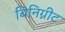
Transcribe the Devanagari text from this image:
बिनिग्नीट